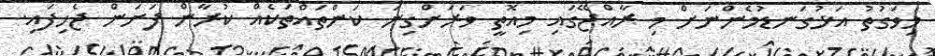
މިވަގުތު އަޅުގަނޑުމެންނަށް މި ރާއްޖޭގައި މިއޮތީ ވަރަށްގިނަ ކަންތައްތަކެއް ކުރާން ފަށަން ޖެހިފައި.